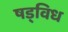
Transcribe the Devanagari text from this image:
षड्विध